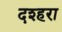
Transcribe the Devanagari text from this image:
दश्हरा